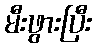
မီးဖွားပြီး